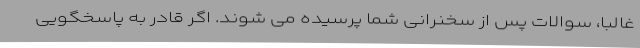
غالباً، سوالات پس از سخنرانی شما پرسیده می شوند. اگر قادر به پاسخگویی